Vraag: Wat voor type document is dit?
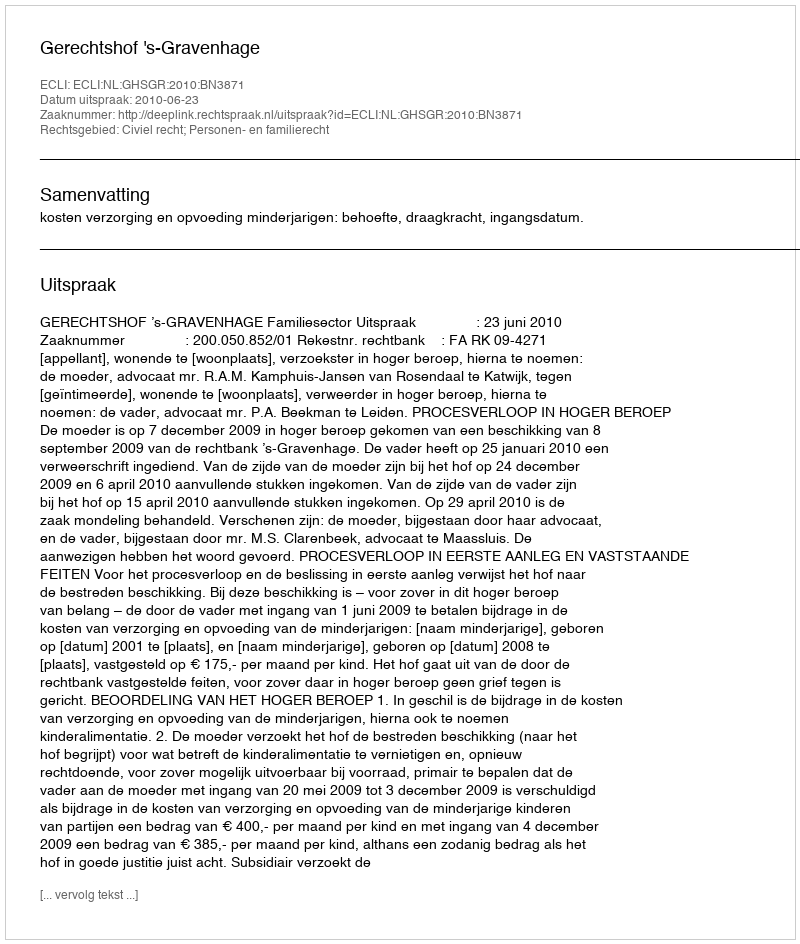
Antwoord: Uitspraak